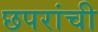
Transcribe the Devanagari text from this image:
छपरांची